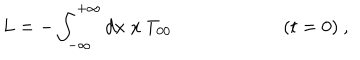
L = - \int _ { - \infty } ^ { + \infty } d x \; x ~ T _ { 0 0 } \qquad \qquad \qquad ( t = 0 ) ~ ,